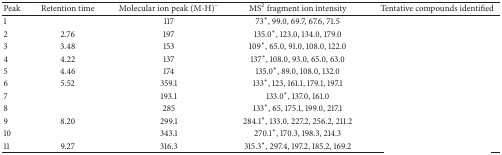
<table><thead><tr><td><b>Peak</b></td><td><b>Retention time</b></td><td><b>Molecular ion peak (M-H)<sup>−</sup></b></td><td><b>MS<sup>2</sup> fragment ion intensity</b></td><td><b>Tentative compounds identified</b></td></tr></thead><tbody><tr><td>1</td><td>[EMPTY_CELL]</td><td>117</td><td>73<sup><i>∗</i></sup>, 99.0, 69.7, 67.6, 71.5</td><td>[EMPTY_CELL]</td></tr><tr><td>2</td><td>2.76</td><td>197</td><td>135.0<sup><i>∗</i></sup>, 123.0, 134.0, 179.0</td><td>[EMPTY_CELL]</td></tr><tr><td>3</td><td>3.48</td><td>153</td><td>109<sup><i>∗</i></sup>, 65.0, 91.0, 108.0, 122.0</td><td>[EMPTY_CELL]</td></tr><tr><td>4</td><td>4.22</td><td>137</td><td>137<sup><i>∗</i></sup>, 108.0, 93.0, 65.0, 63.0</td><td>[EMPTY_CELL]</td></tr><tr><td>5</td><td>4.46</td><td>174</td><td>135.0<sup><i>∗</i></sup>, 89.0, 108.0, 132.0</td><td>[EMPTY_CELL]</td></tr><tr><td>6</td><td>5.52</td><td>359.1</td><td>133<sup><i>∗</i></sup>, 123, 161.1, 179.1, 197.1</td><td>[EMPTY_CELL]</td></tr><tr><td>7</td><td>[EMPTY_CELL]</td><td>193.1</td><td>133.0<sup><i>∗</i></sup>, 137.0, 161.0</td><td>[EMPTY_CELL]</td></tr><tr><td>8</td><td>[EMPTY_CELL]</td><td>285</td><td>133<sup><i>∗</i></sup>, 65, 175.1, 199.0, 217.1</td><td>[EMPTY_CELL]</td></tr><tr><td>9</td><td>8.20</td><td>299.1</td><td>284.1<sup><i>∗</i></sup>, 133.0, 227.2, 256.2, 211.2</td><td>[EMPTY_CELL]</td></tr><tr><td>10</td><td>[EMPTY_CELL]</td><td>343.1</td><td>270.1<sup><i>∗</i></sup>, 170.3, 198.3, 214.3</td><td>[EMPTY_CELL]</td></tr><tr><td>11</td><td>9.27</td><td>316.3</td><td>315.3<sup><i>∗</i></sup>, 297.4, 197.2, 185.2, 169.2</td><td>[EMPTY_CELL]</td></tr></tbody></table>